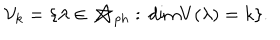
{ \cal V } _ { k } = \{ \lambda \in { \cal M } _ { p h } : \, \mathrm { d i m } V ( \lambda ) = k \} .